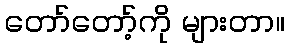
တော်တော့်ကို များတာ။